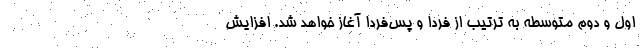
اول و دوم متوسطه به ترتیب از فردا و پس‌فردا آغاز خواهد شد. افزایش